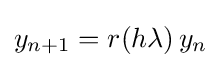
y_{n+1}=r(h\lambda )\,y_{n}